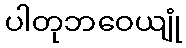
ပါတုဘဝေယျုံ